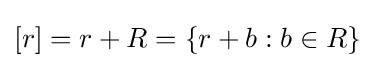
\left[r\right]=r+R=\left\lbrace r+b:b\in R\right\rbrace